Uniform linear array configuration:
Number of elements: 12
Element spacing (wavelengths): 0.25
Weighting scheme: binomial
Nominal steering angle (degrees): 60
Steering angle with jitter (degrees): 58.7
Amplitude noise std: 0.05
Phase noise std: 0.05

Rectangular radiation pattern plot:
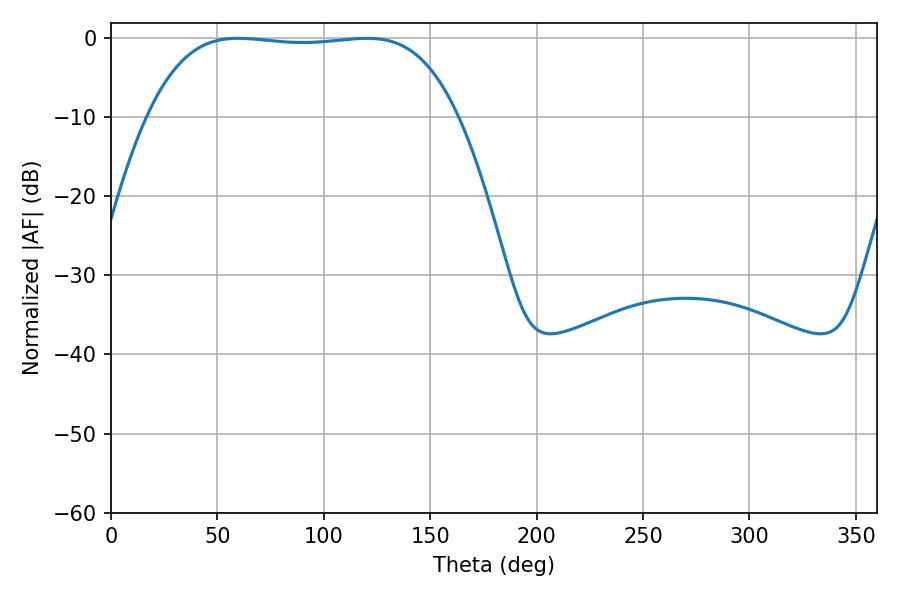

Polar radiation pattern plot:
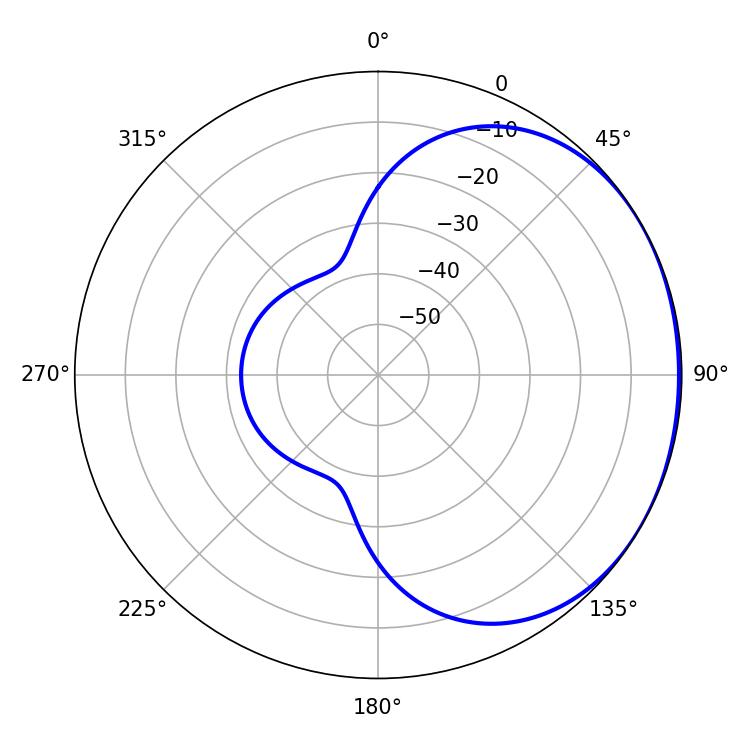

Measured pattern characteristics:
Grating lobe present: FALSE
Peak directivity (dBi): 0.9985
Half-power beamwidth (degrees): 114.12
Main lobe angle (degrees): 59.76